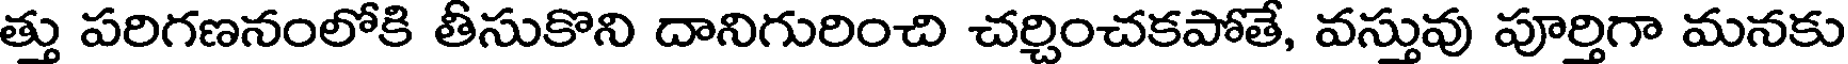
త్తు పరిగణనంలోకి తీసుకొని దానిగురించి చర్చించకపోతే, వస్తువు పూర్తిగా మనకు